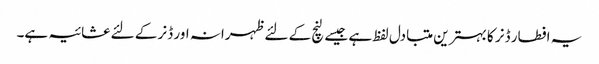
یہ افطار ڈنر کا بہترین متبادل لفظ ہے جیسے لنچ کے لئے ظہرانہ اور ڈنر کے لئے عشائیہ ہے۔